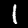
Label: 1